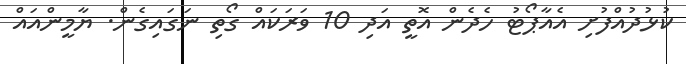
ކުޅުދުއްފުށި އެއާޕޯޓު ހެދެން އޮތީ އަދި 10 ވަރަކައް ގޯތި ނަގައިގެން. ޔާމީންއައް